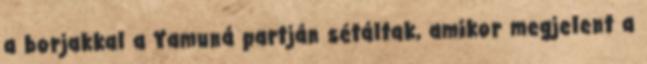
a borjakkal a Yamuná partján sétáltak, amikor megjelent a